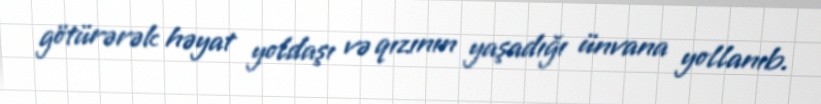
götürərək həyat yoldaşı və qızının yaşadığı ünvana yollanıb.